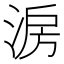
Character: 𣷔